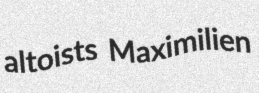
altoists Maximilien